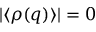
| \langle \rho ( q ) \rangle | = 0